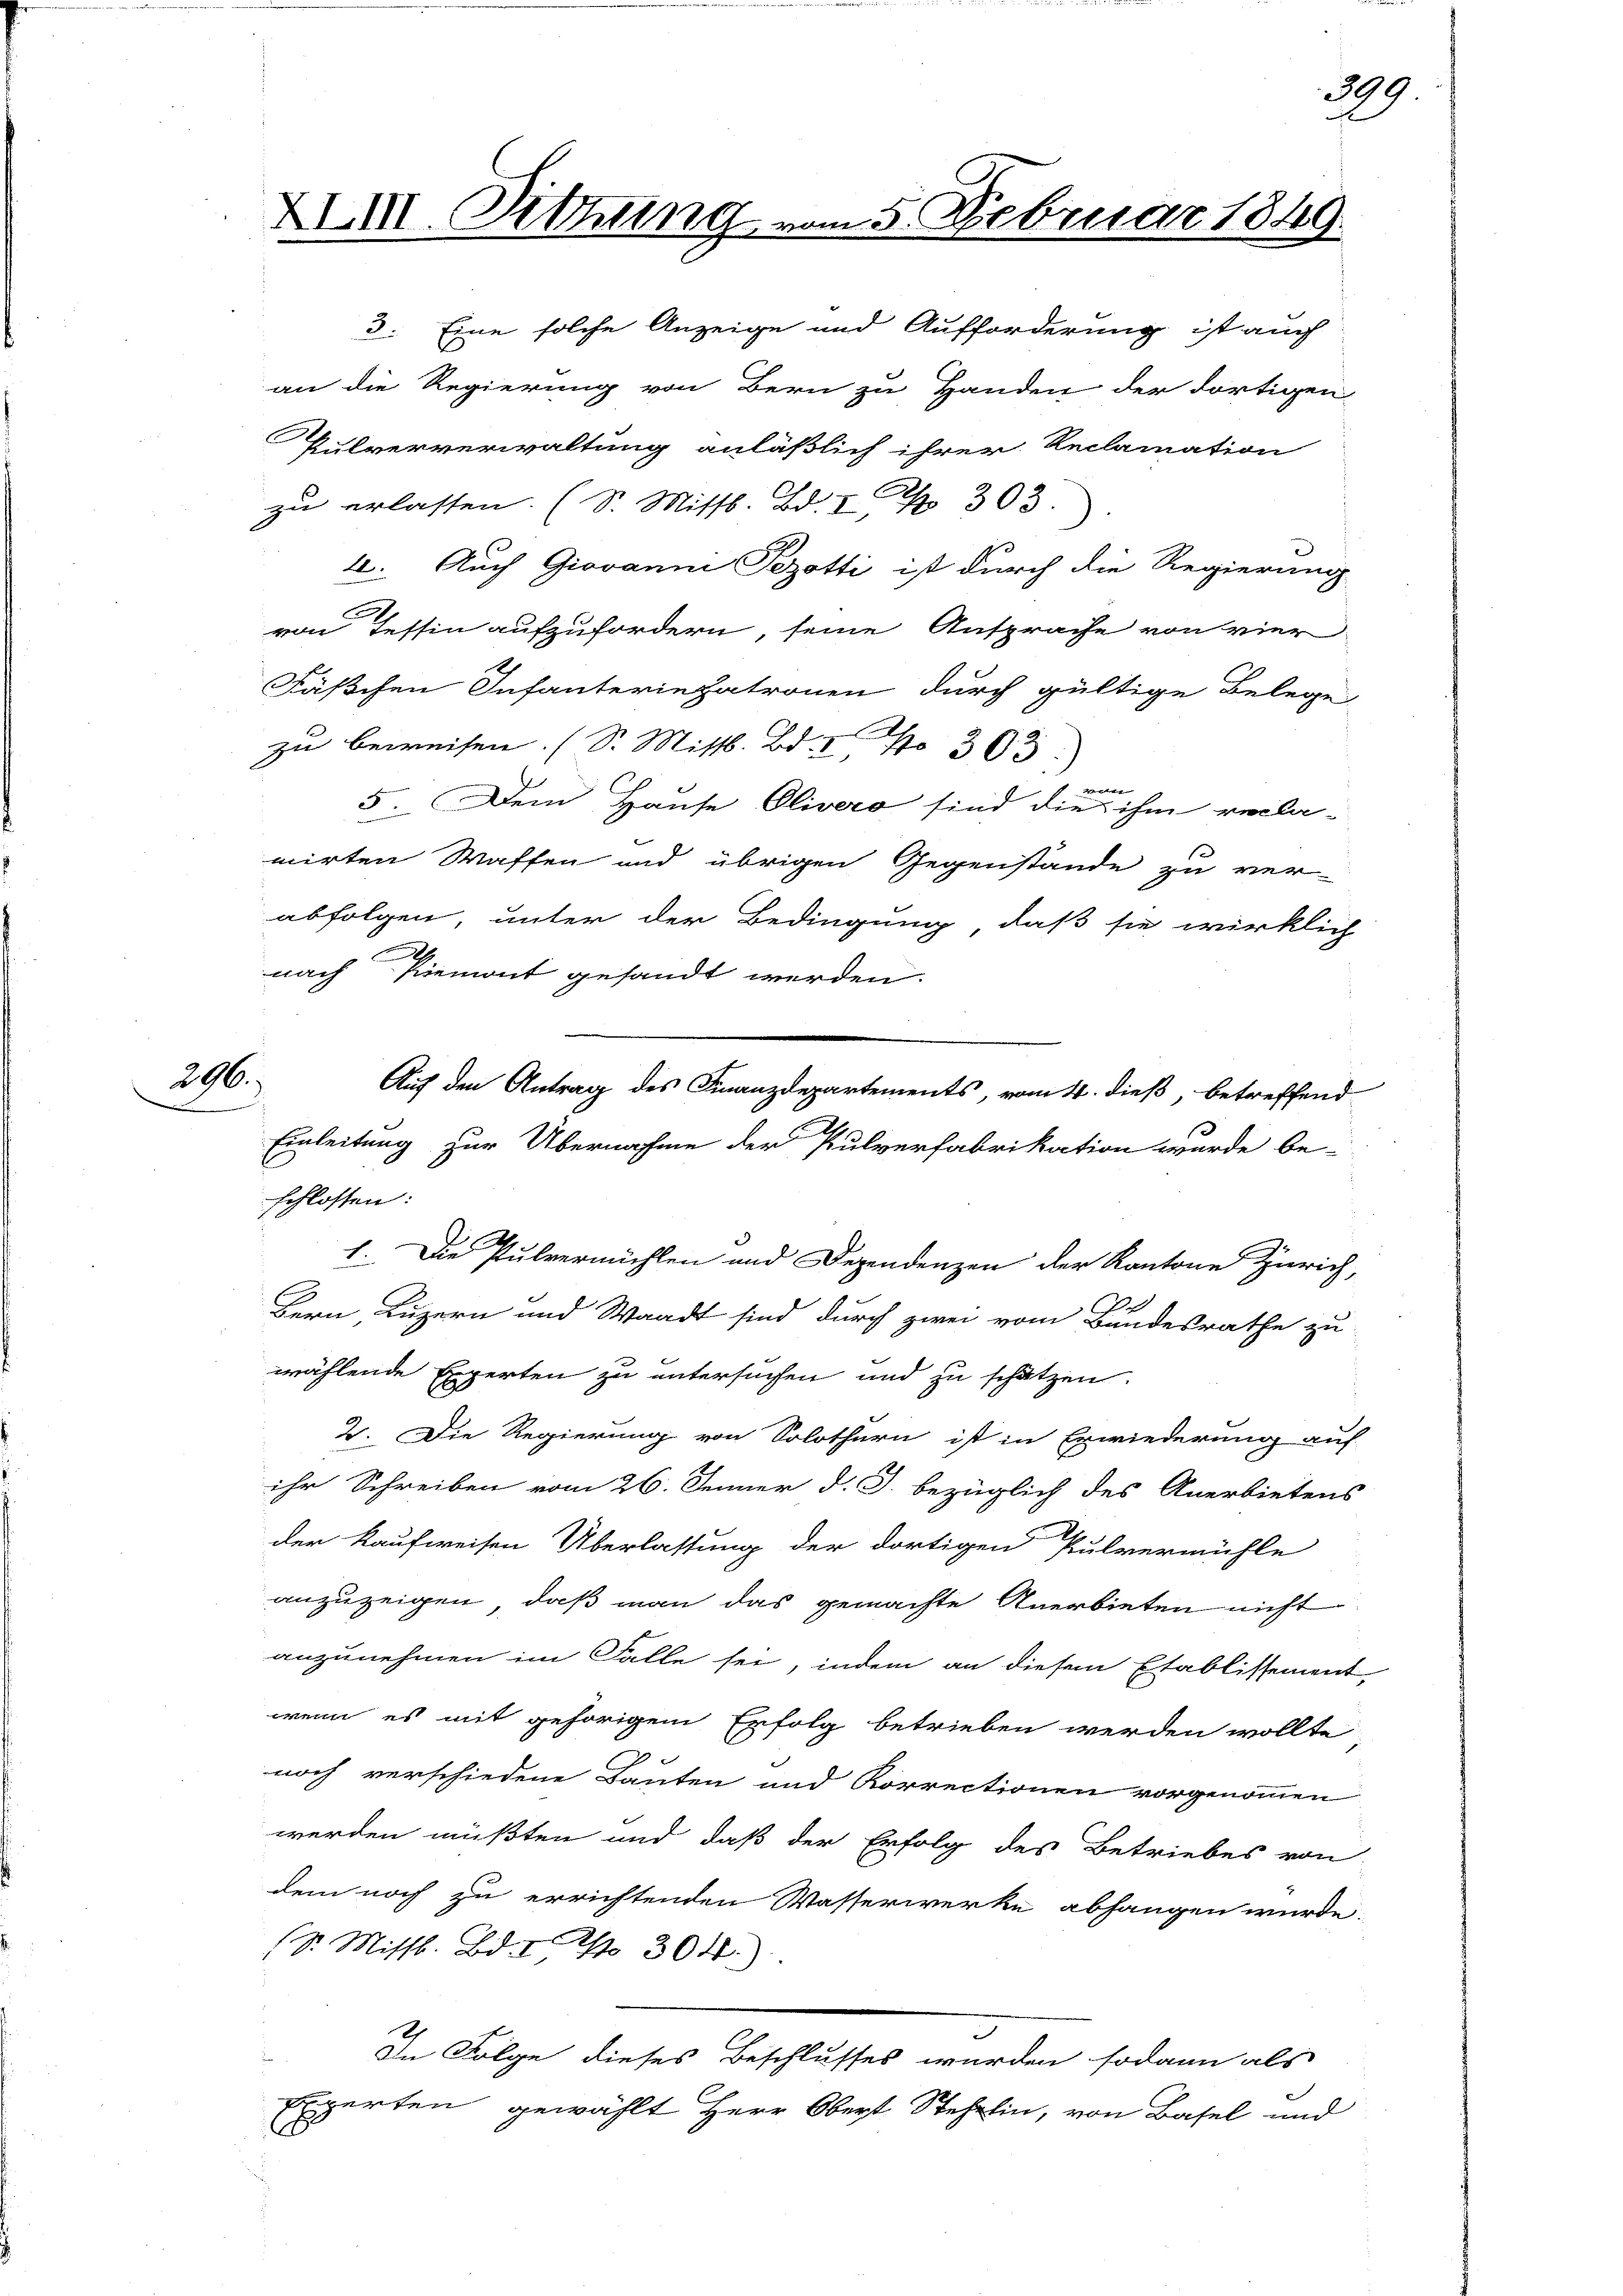
296.

XIII. Sitzung

Auf den Antrag des Finanzdepartements, vom 4. dieß, betreffend
Einleitung zur Übernahme der Pulverfabrikation wurde be-

3. Eine solche Anzeige und Aufforderung ist auch
an die Regierung von Bern zu Handen der dortigen
Pulververwaltung anläßlich ihrer Reclamation
zu erlassen. (S. Mittl. Bd. II 303.
2. Auch Giovanni Pezotti ist durch die Regierung
von Tessin aufzufordern, seine Ansprache von vier
Fäßchen Infanteriepatronen durch gültige Belege
zu beweisen. (S. Mittl. Bd. I, No 303
wan
5. Dem Hause Olivero sind die ihm recla-
mirten Waffen und übrigen Gegenstände zu ver-
abfolgen, unter der Bedingung, daß sie wirklich
nach Piemont gesandt werden.
schlossen:
1. Die Pulvermühlen und Dezendenzen der Kantone Zürich,
e
Bern Luzern und Waadt sind durch zwei vom Bundesrathe zu
wählende Ergerten zu untersuchen und zu schätzen.
2. Die Regierung von Solothurn ist in Erwiederung auf
ihr Schreiben vom 26. Jenner d. J. bezüglich des Anerbietens
der Kaufweisen Überlassung der dortigen Pulvermühle
anzuzeigen, daß man das gemachte Anerbieten nicht
anzunehmen im Falle sei, indem an diesen Etablissement-
wenn es mit gehörigen Erfolg betrieben werden wollte
noch verschiedene Bauten und Korrectionen vorgenommen
werden müßten und daß der Erfolg des Betriebes von
dem noch zu errichtenden Wasserwerke abhangen würde.
( Sr. Missl. Bd. I No 304.)
In Folge dieses Beschlusses wurden sodann als
Experten gewählt Herr Oberst Stehelin, von Basel und

n 5. Februar 1849.

389

s